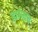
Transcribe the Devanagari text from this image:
ह्यांनाच